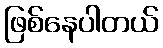
ဖြစ်နေပါတယ်